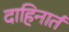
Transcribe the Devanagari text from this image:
दाहिनार्त